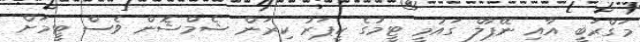
މަގްރަބީ އާއި ނޭޕާލް ގައުމީ ޓީމުގެ ކީޕަރު ކިރަން ޝެމްޝޮން ވެސް ޓީމަށް